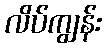
လိပ်ကျွန်း